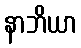
နာဘိယာ